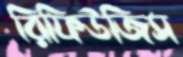
রিফিউজিস